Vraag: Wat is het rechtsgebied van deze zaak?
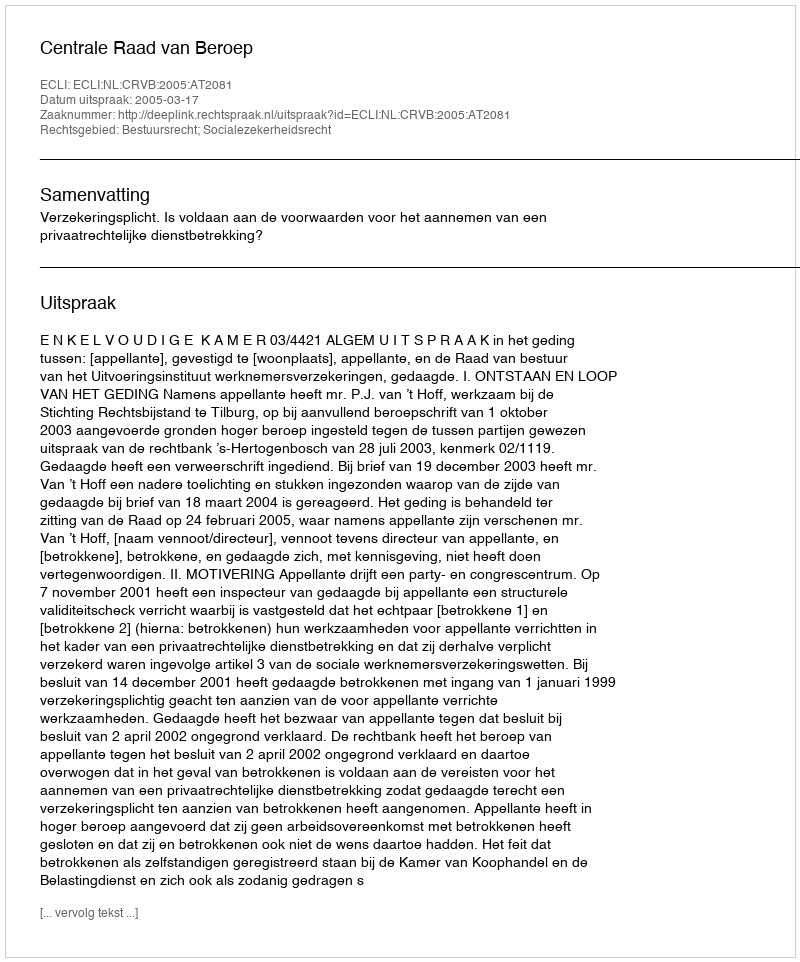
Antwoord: Bestuursrecht; Socialezekerheidsrecht